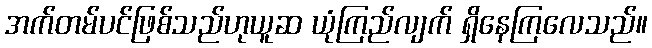
အက်တမ်ပင်ဖြစ်သည်ဟုယူဆ ယုံကြည်လျက် ရှိနေကြလေသည်။